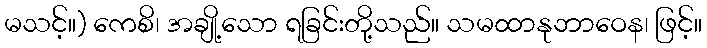
မသင့်။) ကေစိ၊ အချို့သော ရခြင်းတို့သည်။ သမထာနုဘာဝေန၊ ဖြင့်။